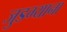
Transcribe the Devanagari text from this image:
जुडग्याना